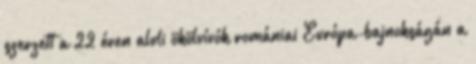
szerzett a 22 éven aluli ökölvívók romániai Európa-bajnokságán a